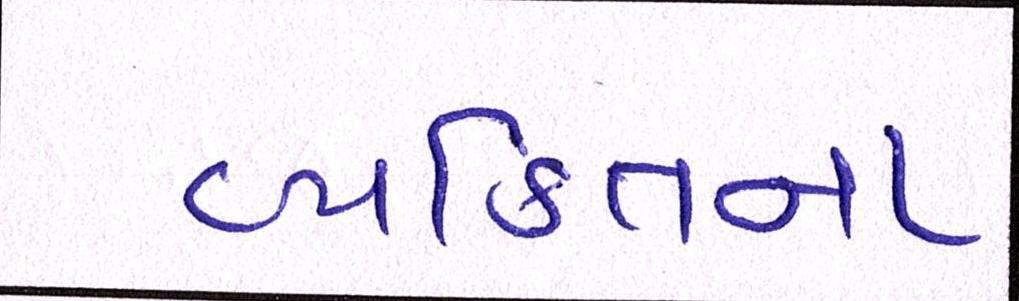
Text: વ્યક્તિના